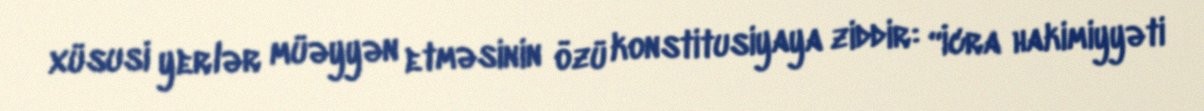
xüsusi yerlər müəyyən etməsinin özü konstitusiyaya ziddir: “İcra hakimiyyəti